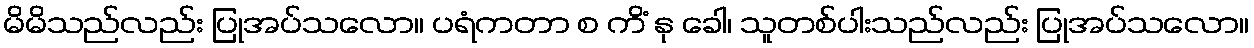
မိမိသည်လည်း ပြုအပ်သလော။ ပရံကတာ စ ကိံ နု ခေါ၊ သူတစ်ပါးသည်လည်း ပြုအပ်သလော။